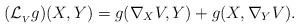
LaTeX: \begin{align*}(\mathcal{L}_{_{V}}g)(X,Y)=g(\nabla_XV,Y)+g(X,\nabla_YV).\end{align*}